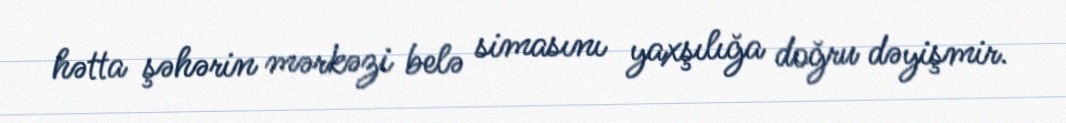
hətta şəhərin mərkəzi belə simasını yaxşılığa doğru dəyişmir.